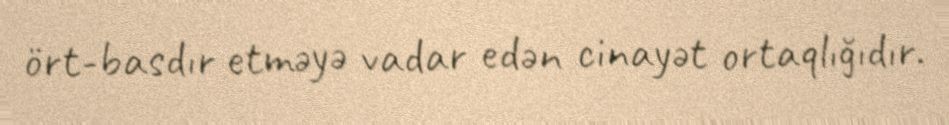
ört-basdır etməyə vadar edən cinayət ortaqlığıdır.